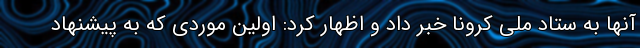
آنها به ستاد ملی کرونا خبر داد و اظهار کرد: اولین موردی که به پیشنهاد